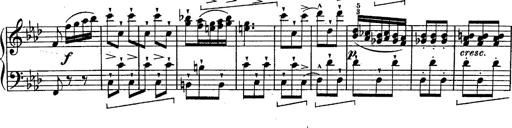
Title: Schubert's Impromptus [revised and edited by Franz Liszt]
Composer: Franz Liszt